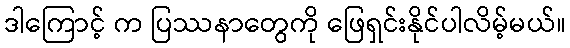
ဒါကြောင့် က ပြဿနာတွေကို ဖြေရှင်းနိုင်ပါလိမ့်မယ်။